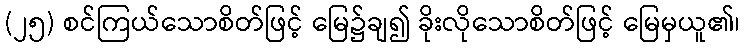
(၂၅) စင်ကြယ်သောစိတ်ဖြင့် မြေ၌ချ၍ ခိုးလိုသောစိတ်ဖြင့် မြေမှယူ၏၊